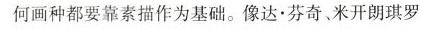
何画种都要靠素描作为基础。像达·芬奇、米开朗琪罗